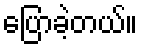
ပြောခဲ့တယ်။